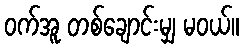
ဝက်အူ တစ်ချောင်းမျှ မဝယ်။